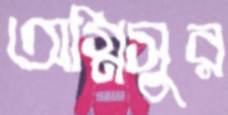
অগ্নিসুর